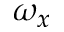
\omega _ { x }